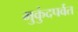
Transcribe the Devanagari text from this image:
मुकुंदपर्वत